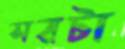
সরটা